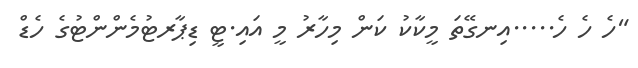
"ހެ ހެ ހެ.....އިނގޭތަ މީކާކު ކަން މިހާރު މީ އައި.ޓީ ޑިޕާރޓުމެންންޓުގެ ހެޑް